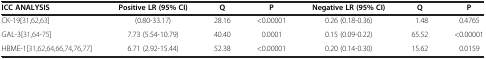
<table><thead><tr><td><b>ICC ANALYSIS</b></td><td><b>Positive LR (95% CI)</b></td><td><b>Q</b></td><td><b>P</b></td><td><b>Negative LR (95% CI)</b></td><td><b>Q</b></td><td><b>P</b></td></tr></thead><tbody><tr><td>CK-19[31,62,63]</td><td>(0.80-33.17)</td><td>28.16</td><td>&lt;0.00001</td><td>0.26 (0.18-0.36)</td><td>1.48</td><td>0.4765</td></tr><tr><td>GAL-3[31,64-75]</td><td>7.73 (5.54-10.79)</td><td>40.40</td><td>0.0001</td><td>0.15 (0.09-0.22)</td><td>65.52</td><td>&lt;0.00001</td></tr><tr><td>HBME-1[31,62,64,66,74,76,77]</td><td>6.71 (2.92-15.44)</td><td>52.38</td><td>&lt;0.00001</td><td>0.20 (0.14-0.30)</td><td>15.62</td><td>0.0159</td></tr></tbody></table>